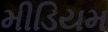
મીડિયમ